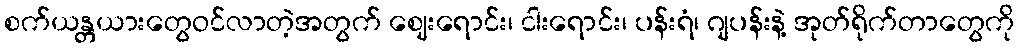
စက်ယန္တယားတွေဝင်လာတဲ့အတွက် ဈေးရောင်း၊ ငါးရောင်း၊ ပန်းရံ၊ ဂျပန်းနဲ့ အုတ်ရိုက်တာတွေကို